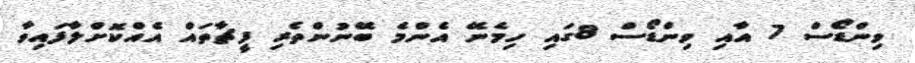
ވިންޑޯސް 7 އާއި ވިންޑޯސް 8ގައި ހިމެނޭ އެންމެ ބޭނުންތެރި ފީޗާތައް އެއްކޮށްލާފައިވާ